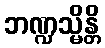
ဘဏ္ဍသ္မိန္တိ